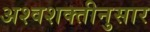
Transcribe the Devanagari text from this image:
अश्वशक्तीनुसार